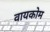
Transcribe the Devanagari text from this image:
वायकोम